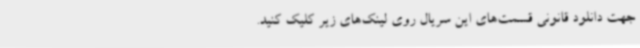
جهت دانلود قانونی قسمت‌های این سریال روی لینک‌های زیر کلیک کنید.